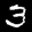
Label: 3